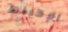
الإحباط